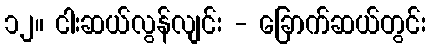
၁၂။ ငါးဆယ်လွန်လျင်း - ခြောက်ဆယ်တွင်း